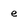
Character: e